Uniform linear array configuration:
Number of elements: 48
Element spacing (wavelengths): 0.25
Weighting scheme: hamming
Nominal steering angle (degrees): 0
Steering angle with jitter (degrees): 1.151
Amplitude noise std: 0.05
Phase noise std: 0.05

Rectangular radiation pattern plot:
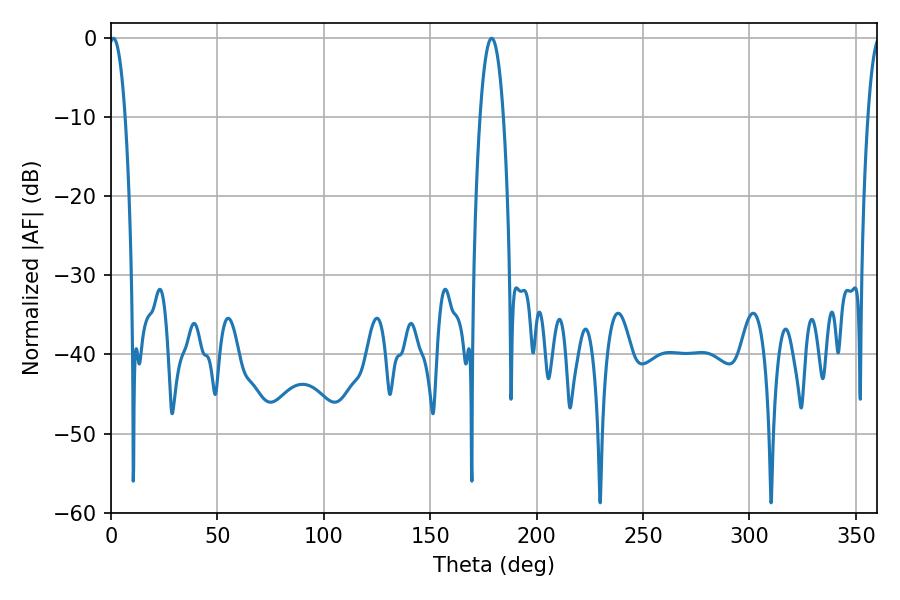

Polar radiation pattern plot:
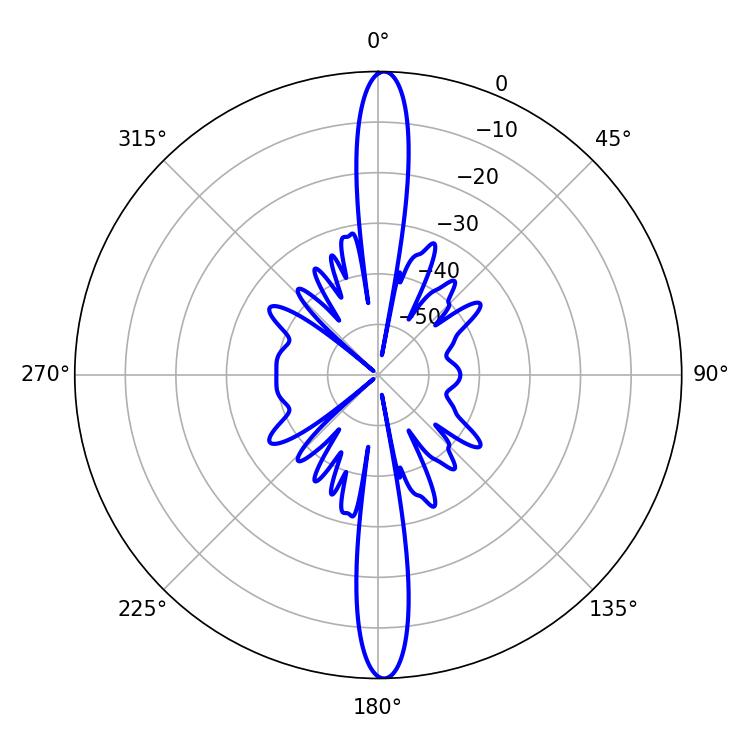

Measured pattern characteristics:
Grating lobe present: FALSE
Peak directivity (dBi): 26.543
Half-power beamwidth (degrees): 4.14
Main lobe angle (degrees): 1.08